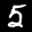
Label: 5